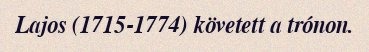
Lajos (1715-1774) követett a trónon.